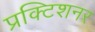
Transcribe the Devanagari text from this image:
प्रक्टिशनर